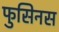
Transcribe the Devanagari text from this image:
फुसिनस